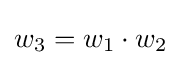
w_{3}=w_{1}\cdot w_{2}